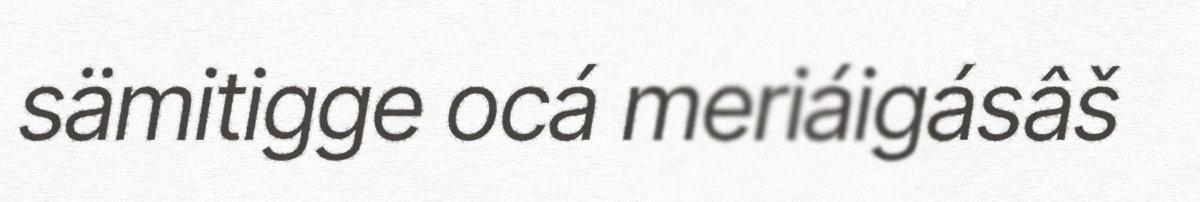
sämitigge ocá meriáigásâš